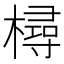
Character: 樳